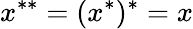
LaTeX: x^{**}=(x^{*})^{*}=x